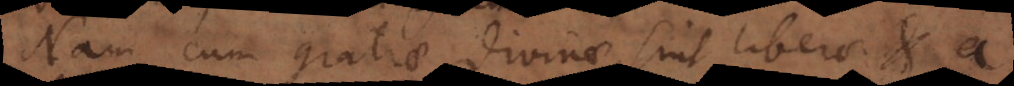
Nam cum gratiae divinae sint liberae et a